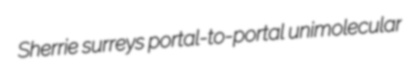
Sherrie surreys portal-to-portal unimolecular